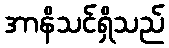
အာနိသင်ရှိသည်